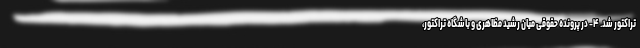
تراکتور شد. ۴- در پرونده حقوقی میان رشید مظاهری و باشگاه تراکتور،